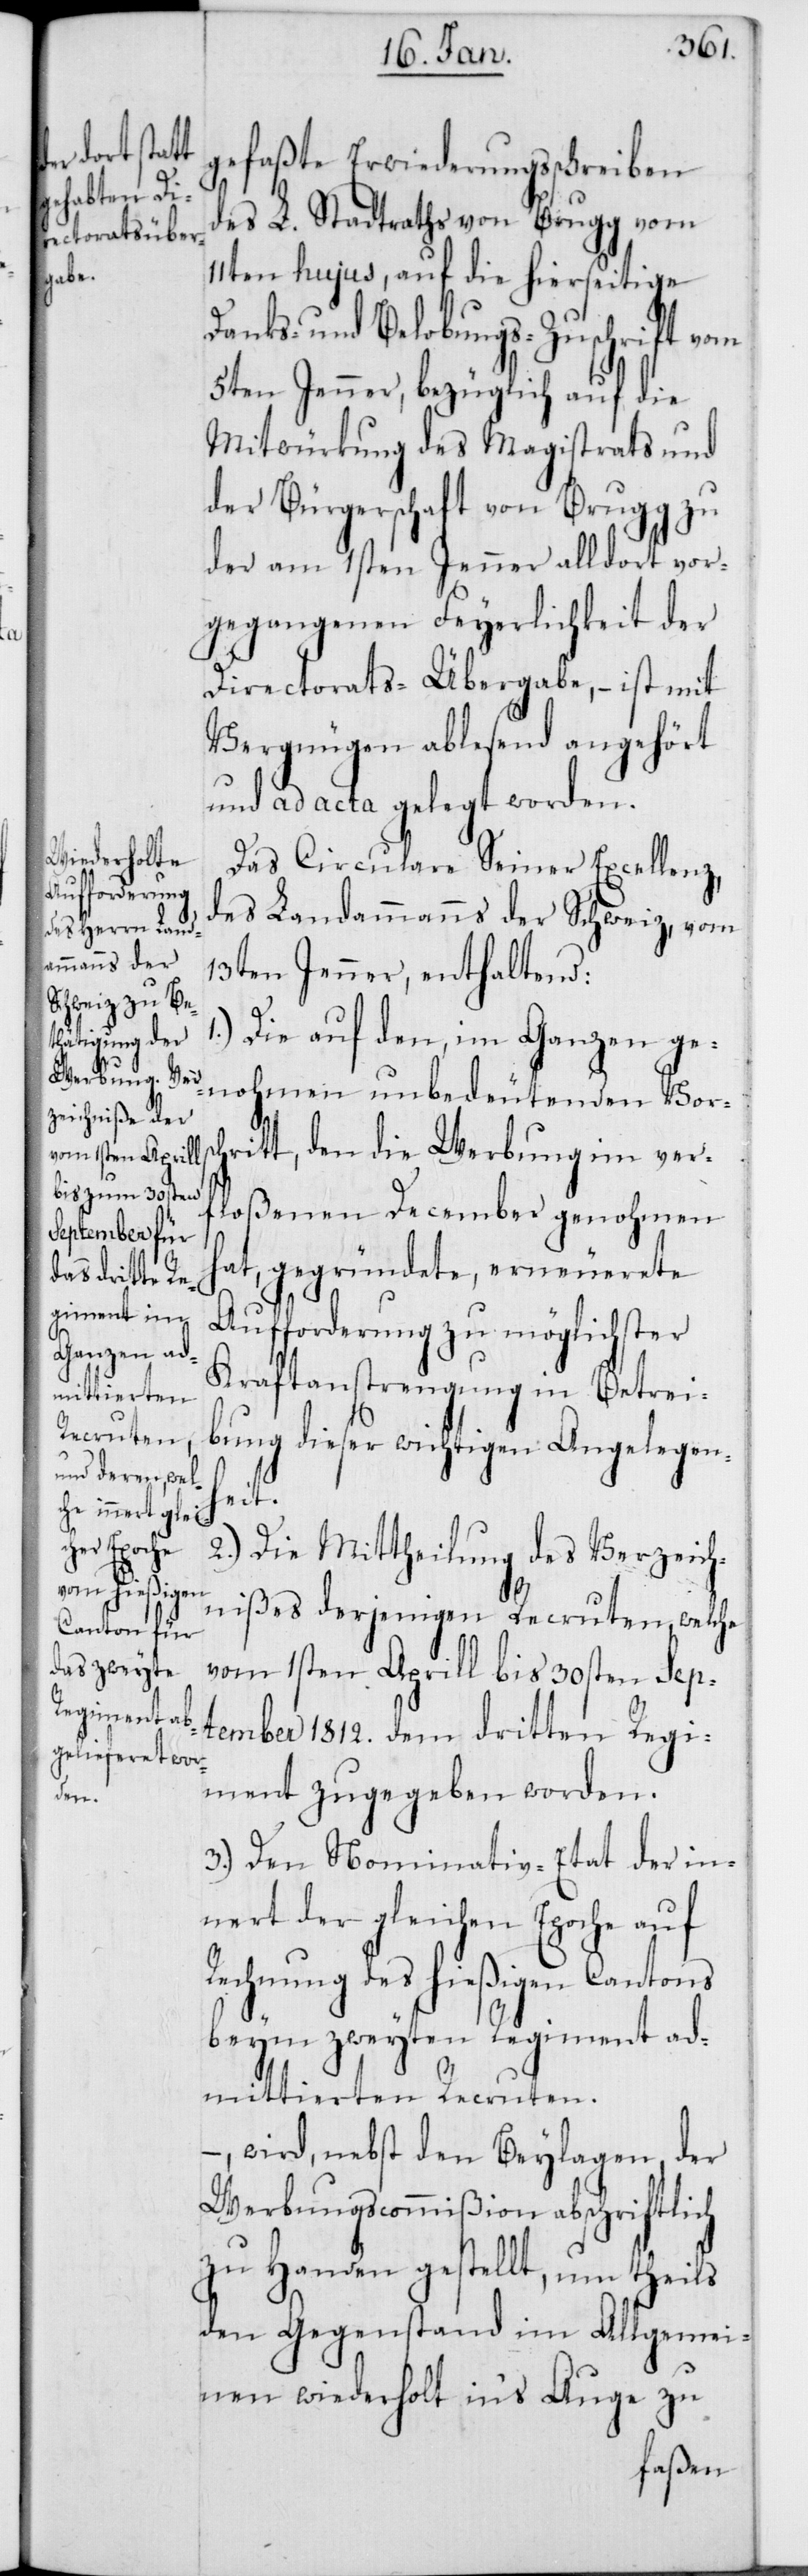
gefaßte Erwiederungsschreiben
des L. Stadtraths von Brugg vom
11ten hujus, auf die hierseitige
Danks- und Belobungs-Zuschrift vom
5ten Jenner, bezüglich auf die
Mitwürkung des Magistrats und
der Bürgerschaft von Brugg zu
der am 1sten Jenner alldort vor¬
gegangenen Feyerlichkeit der
Directorats-Übergabe, – ist mit
Vergnügen ablesend angehört
und ad acta gelegt worden.
Das Circulare Seiner Excellenz,
des Landammanns der Schweiz, vom
13ten Jenner, enthaltend:
1.) Die auf den, im Ganzen ge¬
nohmen unbedeutenden Vorsc¬
hrift, den die Werbung im ver¬
floßenen December genohmen
hat, gegründete, erneuerete
Aufforderung zu möglichster
Kraftanstrengung in Betrei¬
bung dieser wichtigen Angelegenh¬
eit.
2.) Die Mittheilung des Verzeich¬
nißes derjenigen Recruten, welche
vom 1sten Aprill bis 30sten Sep¬
tember 1812. dem dritten Regi¬
ment zugegeben worden.
3.) Den Nominativ-Etat der in¬
nert der gleichen Epoche auf
Rechnung des hießigen Cantons
beym zweyten Regiment ad¬
mittierten Recruten.
–, wird, nebst den Beylagen der
Werbungscommißion abschriftlich
zu Handen gestellt, um theils
den Gegenstand im Allgemei¬
nen wiederholt in‘s Auge zu